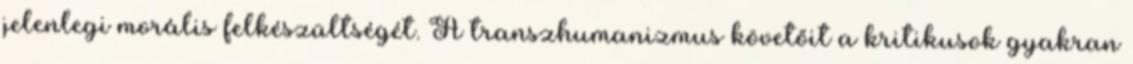
jelenlegi morális felkészültségét. A transzhumanizmus követőit a kritikusok gyakran